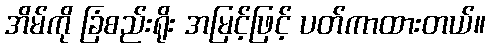
အိမ်ကို ခြံစည်းရိုး အမြင့်ဖြင့် ပတ်ကာထားတယ်။